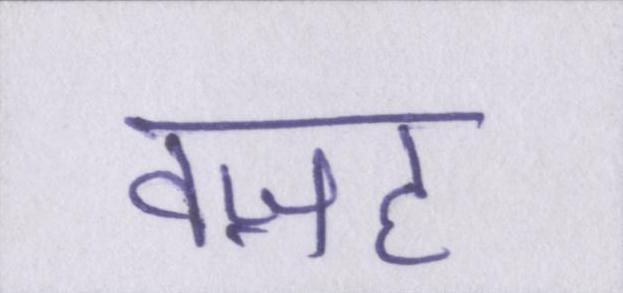
वज़ह